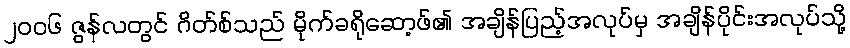
၂၀၀၆ ဇွန်လတွင် ဂိတ်စ်သည် မိုက်ခရိုဆော့ဖ်၏ အချိန်ပြည့်အလုပ်မှ အချိန်ပိုင်းအလုပ်သို့